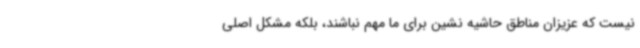
نیست که عزیزان مناطق حاشیه نشین برای ما مهم نباشند، بلکه مشکل اصلی